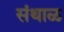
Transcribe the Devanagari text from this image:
संथाळ